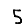
Digit: 5